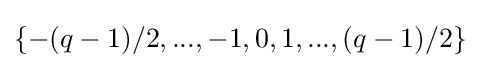
\{-(q-1)/2,...,-1,0,1,...,(q-1)/2\}